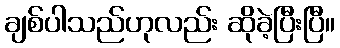
ချစ်ပါသည်ဟုလည်း ဆိုခဲ့ပြီးပြီ။